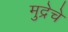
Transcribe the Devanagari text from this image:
मुद्रेचे